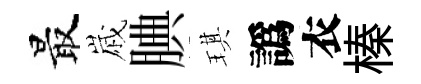
最𡻕腆琪譌衣榛